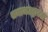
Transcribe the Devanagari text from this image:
समाजउद्धारक